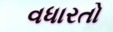
વધારતો